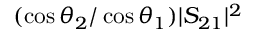
( \cos \theta _ { 2 } / \cos \theta _ { 1 } ) | S _ { 2 1 } | ^ { 2 }